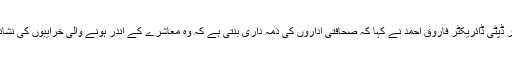
اس موقع پر ڈپٹی ڈائریکٹر فاروق احمد نے کہا کہ صحافتی اداروں کی ذمہ داری بنتی ہے کہ وہ معاشرے کے اندر ہونے والی خرایبوں کی نشاندہی کرے۔